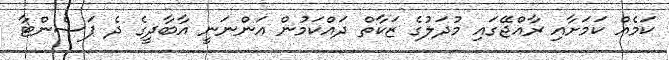
ކަމެއް ކަމަށާއި ރާއްޖޭގައި މުދަލުގެ ޒަކާތް ދައްކަމުން އަންނަނީ އާބާދީގެ ދެ ޕަސެންޓާ